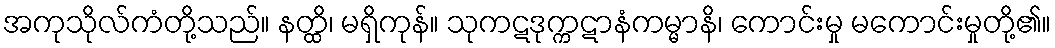
အကုသိုလ်ကံတို့သည်။ နတ္ထိ၊ မရှိကုန်။ သုကဋဒုက္ကဋာနံကမ္မာနိ၊ ကောင်းမှု မကောင်းမှုတို့၏။